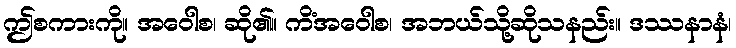
ဤစကားကို။ အဝေါစ၊ ဆို၏။ ကိံအဝေါစ၊ အဘယ်သို့ဆိုသနည်း။ ဒဿနာနံ၊